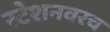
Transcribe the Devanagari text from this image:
स्टेशनवरच